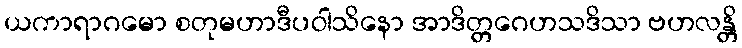
ယကာရာဂမော စတုမဟာဒီပဝါသိနော အာဒိတ္တဂေဟသဒိသာ ဗဟလန္တိ